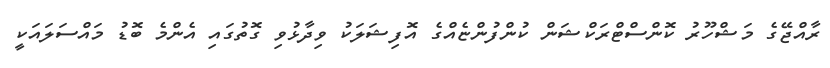
ރާއްޖޭގެ މަޝްހޫރު ކޮންސްޓްރަކްޝަން ކުންފުންޏެއްގެ އޮފިޝަލަކު ވިދާޅުވި ގޮތުގައި އެންމެ ބޮޑު މައްސަލައަކީ